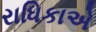
રાધિકાએ